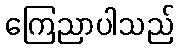
ကြေညာပါသည်